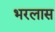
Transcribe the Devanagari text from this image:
भरलास